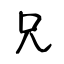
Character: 兄